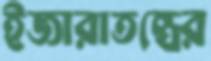
ইজারাতন্ত্রের